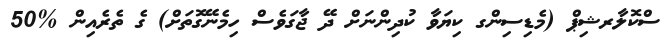
ސްކޮލާރޝިޕް (މެޑިސިންގ ކިޔަވާ ކުދިންނަށް ދޭ ޖާގަވެސް ހިމެނޭގޮތަށް) ގެ ތެރެއިން %50